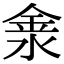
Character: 淾